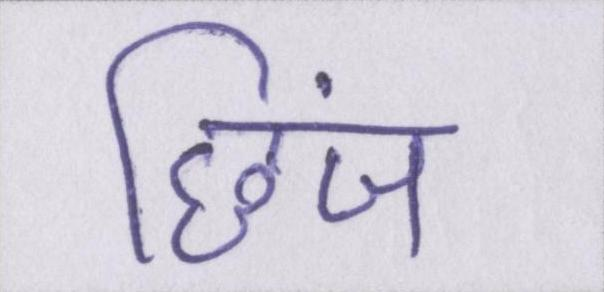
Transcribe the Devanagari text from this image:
छिंज